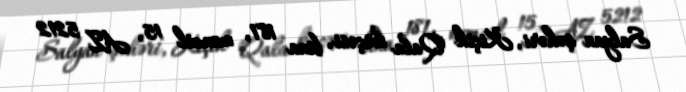
Salyan şəhəri, Kiçik Qala küçəsi, bina 181, mənzil 15, AZ 5212